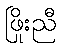
ဖြိုးညီ